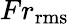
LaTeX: Fr_{\mathrm{rms}}